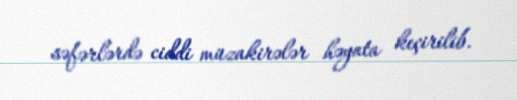
səfərlərdə ciddi müzakirələr həyata keçirilib.